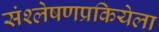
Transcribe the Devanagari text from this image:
संश्लेषणप्रकियेला